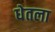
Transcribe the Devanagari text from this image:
धेतला